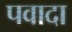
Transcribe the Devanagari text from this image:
पवादा